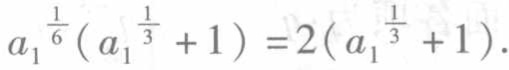
\(a_{1}^{\frac{1}{6}}(a_{1}^{\frac{1}{3}} + 1)=2(a_{1}^{\frac{1}{3}} + 1)\)